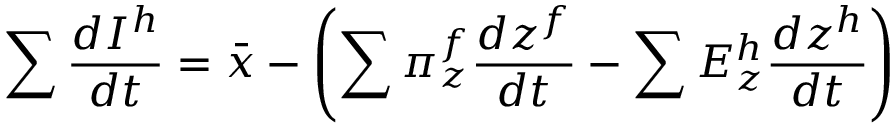
\sum { \frac { d I ^ { h } } { d t } } = { \bar { x } } - \left( \sum \pi _ { z } ^ { f } { \frac { d z ^ { f } } { d t } } - \sum E _ { z } ^ { h } { \frac { d z ^ { h } } { d t } } \right)